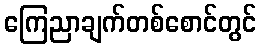
ကြေညာချက်တစ်စောင်တွင်